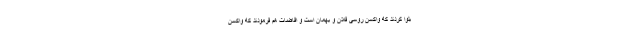
بلوا کردند که واکسن روسی فلان و بهمان است و افاضات هم فرمودند که واکسن